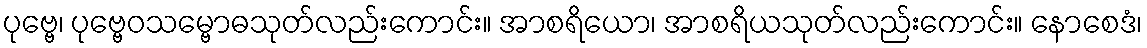
ပုဗ္ဗေ၊ ပုဗ္ဗေဝသမ္ဗောဓသုတ်လည်းကောင်း။ အာစရိယော၊ အာစရိယသုတ်လည်းကောင်း။ နောစေဒံ၊